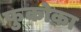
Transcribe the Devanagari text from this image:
फुकोका